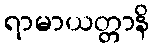
ရာမာယတ္တာနိ